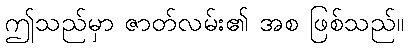
ဤသည်မှာ ဇာတ်လမ်း၏ အစ ဖြစ်သည်။